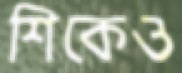
শিকেও